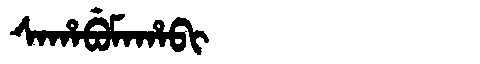
Manchu: ᠰᠠᡥᠠᠪᡠᠮᠠᡥᠠᠪᡳ
Romanization: SAHABUMAHABI